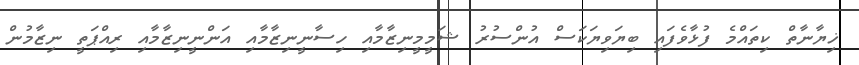
ޚިޔާނާތް ކިތައްމެ ފުޅާވެފައި ބިޔަވިޔަކަސް އުންސުރު ޝަމީމީނިޒާމާއި ހިސާނީނިޒާމާއި އަންނީނިޒާމާއި ރިއްޕަތީ ނިޒާމުން